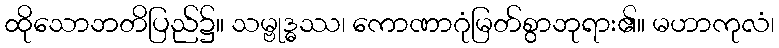
ထိုသောဘတိပြည်၌။ သမ္ဗုဒ္ဓဿ၊ ကောဏာဂုံမြတ်စွာဘုရား၏။ မဟာကုလံ၊